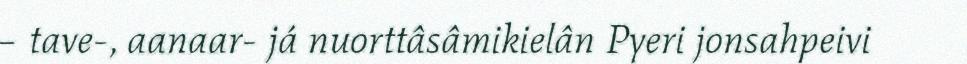
– tave-, aanaar- já nuorttâsâmikielân Pyeri jonsahpeivi